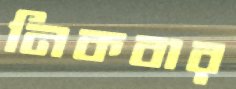
নিকবার